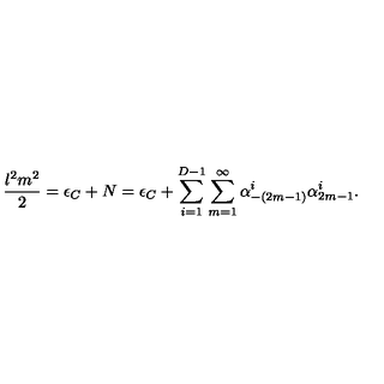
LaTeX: \frac { l ^ { 2 } m ^ { 2 } } { 2 } = \epsilon _ { C } + N = \epsilon _ { C } + \sum _ { i = 1 } ^ { D - 1 } \sum _ { m = 1 } ^ { \infty } \alpha _ { - ( 2 m - 1 ) } ^ { i } \alpha _ { 2 m - 1 } ^ { i } .